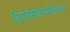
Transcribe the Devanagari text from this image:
डिफेमिलियरैज़ेशन